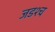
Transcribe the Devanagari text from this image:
जडश्च